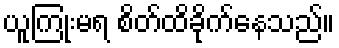
ယူကြုံးမရ စိတ်ထိခိုက်နေသည်။